Piroplasma canis and its life cycle in the tick - Number 29
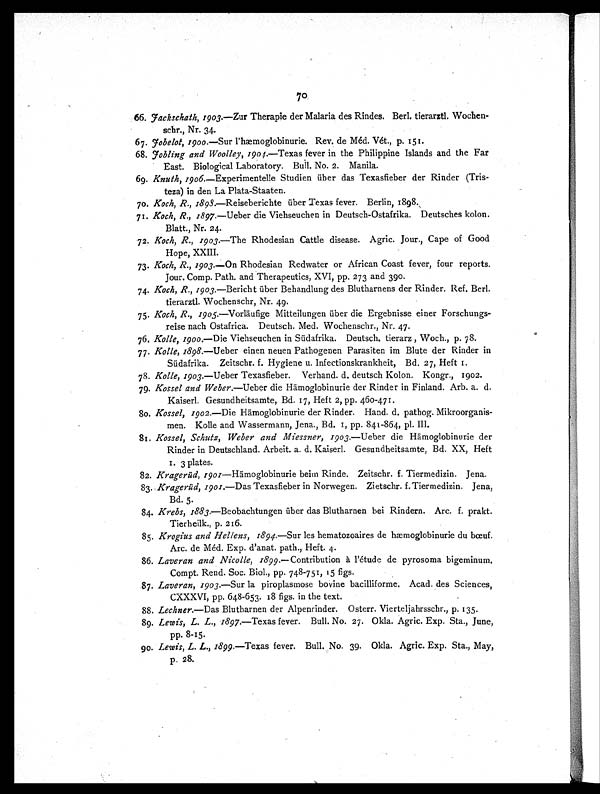
66.
Jackschath, 1903.—Zur Therapie der Malaria des Rindes. Berl. tierarztl. Wochen-
schr., Nr. 34.
67.
Jobelot, 1900.—Sur l'hæmoglobinurie. Rev. de Méd. Vét., p. 151.
68.
Jobling and Woolley, 1904.— Texas fever in the Philippine Islands and the Far
East. Biological Laboratory. Bull. No. 2. Manila.
69. Knuth, 1906.—Experimentelle Studien über das Texasfieber der Rinder (Tris-
teza) in den La Plata-Staaten.
70. Koch, R., 1898.—Reiseberichte über Texas fever. Berlin, 1898.
71. Koch, R., 1897.—Ueber die Viehseuchen in Deutsch-Ostafrika. Deutsches kolon.
Blatt., Nr. 24.
72. Koch, R., 1903.—The Rhodesian Cattle disease. Agric. Jour., Cape of Good
Hope, XXIII.
73. Koch, R., 1903.—On Rhodesian Redwater or African Coast fever, four reports.
Jour. Comp. Path. and Therapeutics, XVI, pp. 273 and 390.
74. Koch, R., 1903.—Bericht über Behandlung des Blutharnens der Rinder. Ref. Berl.
tierarztl. Wochenschr, Nr. 49.
75. Koch, R., 1905.—Vorläufige Mitteilungen über die Ergebnisse einer Forschungs-
reise nach Ostafrica. Deutsch. Med. Wochenschr., Nr. 47.
76. Kolle, 1900.—Die Viehseuchen in Südafrika. Deutsch. tierarz , Woch., p. 78.
77. Kolle, 1898.—Ueber einen neuen Pathogenen Parasiten im Blute der Rinder in
Südafrika. Zeitschr. f. Hygiene u. Infectionskrankheit, Bd. 27, Heft 1.
78. Kolle, 1903.—Ueber Texasfieber. Verhand. d. deutsch Kolon. Kongr., 1902.
79. Kossel and Weber.— Ueber die Hämoglobinurie der Rinder in Finland. Arb. a. d.
Kaiserl. Gesundheitsamte, Bd. 17, Heft 2, pp. 460-471.
80. Kossel, 1902.—Die Hämoglobinurie der Rinder. Hand. d. pathog. Mikroorganis-
men. Kolle and Wassermann, Jena., Bd. 1, pp. 841-864, pl. III.
81. Kossel, Schutz, Weber and Miessner, 1903.— Ueber die Hämoglobinurie der
Rinder in Deutschland. Arbeit. a. d. Kaiserl. Gesundheitsamte, Bd. XX, Heft
1 . 3 p l a t e s .
82. Kragerüd, 1901—Hämoglobinurie beim Rinde. Zeitschr. f. Tiermedizin. Jena.
83. Kragerüd,1901.—Das Texasfieber in Norwegen. Zietschr. f. Tiermedizin. Jena,
Bd. 5.
84. Krebs, 1883.—Beobachtungen über das Blutharnen bei Rindern. Arc. f. prakt.
Tierheilk., p. 216.
85. Krogius and Hellens, 1894.—Sur les hematozoaires de hæmoglobinurie du bœuf.
Arc. de Méd. Exp. d'anat. path., Heft. 4.
86. Laveran and Nicolle, 1899.—Contribution à l'étude de pyrosoma bigeminum.
Compt. Rend. Soc. Biol., pp. 748-751, 15 figs.
87. Laveran, 1903.—Sur la piroplasmose bovine bacilliforme. Acad. des Sciences,
CXXXVI, pp. 648-653. 18 figs. in the text.
88. Lechner.—Das Blutharnen der Alpenrinder. Osterr. Vierteljahrsschr., p. 135.
89. Lewis, L. L., 1897.—Texas fever. Bull. No. 27. Okla. Agric. Exp. Sta., June,
pp. 8-15.
90. Lewis, L. L., 1899.—Texas fever. Bull. No. 39. Okla. Agric. Exp. Sta., May,
p. 28.